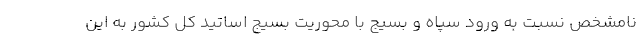
نامشخص نسبت به ورود سپاه و بسیج با محوریت بسیج اساتید کل کشور به این